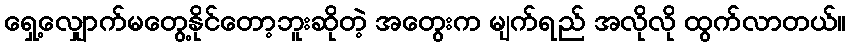
ရှေ့လျှောက်မတွေ့နိုင်တော့ဘူးဆိုတဲ့ အတွေးက မျက်ရည် အလိုလို ထွက်လာတယ်။